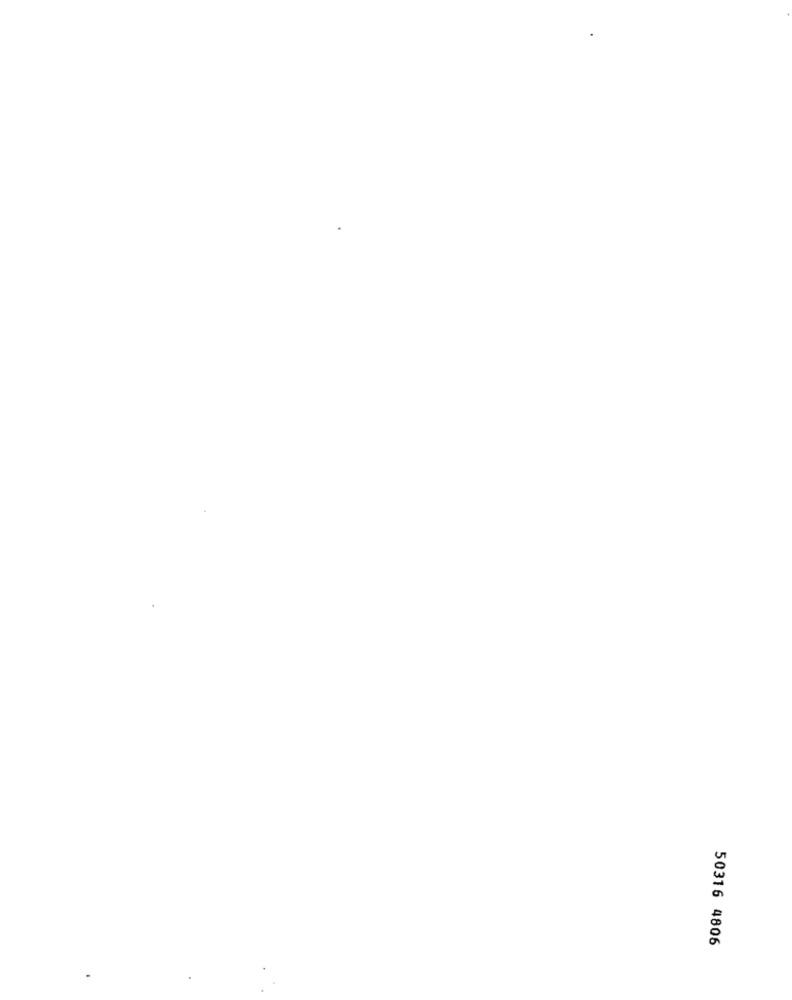
50316 4806